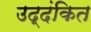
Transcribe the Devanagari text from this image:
उद्दंकित